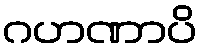
ဂဟဏာပိ